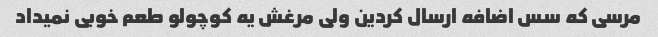
مرسی که سس اضافه ارسال کردین ولی مرغش یه کوچولو طعم خوبی نمیداد